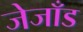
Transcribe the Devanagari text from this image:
जेजाँड